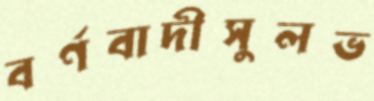
বর্ণবাদীসুলভ